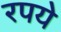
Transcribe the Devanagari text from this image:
रपये